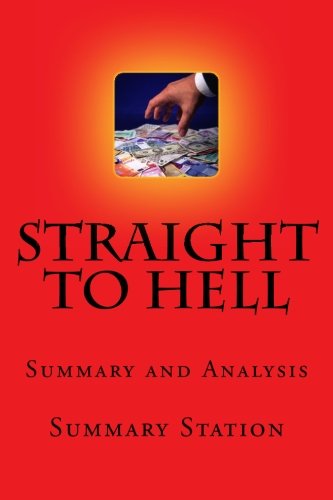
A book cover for Straight to Hell by John LeFevre | Summary: Summary and Analysis of John LeFevre's "Straight to Hell: True Tales of Deviance, Debauchery, and Billion-Dollar Deals"; Summary Station; Business & Money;